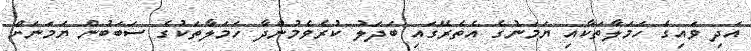
އަދި ވައިގެ ހަމަލާތަކާއި ޔަމަނުގެ އެތެރޭގައި ބަދަލު ކުރެވެމުންދާ ހަމަލާތަކުގެ ސަބަބުން ޔަމަނަށް